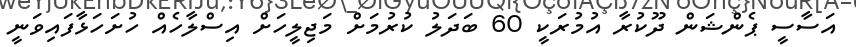
އަސާސީ ޕެންޝަން ދޫކުރާ އުމުރަކީ 60 ބަދަލު ކުރުމަށް މަޖިލީހަށް އިސްލާހެއް ހުށަހަޅާފައިވަނީ